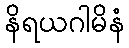
နိရယဂါမိနံ